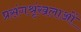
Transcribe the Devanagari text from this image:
प्रसंगश्रृंखलाओं